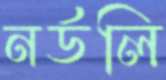
নর্ডলি